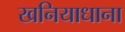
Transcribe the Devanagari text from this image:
खनियाधाना